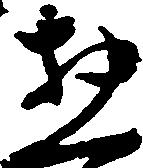
惣